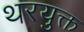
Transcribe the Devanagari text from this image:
थरयुक्त